DOW-UAP-D62, Mission Report, Strait of Hormuz, September 2020
Agency: Department of War
Incident date: 9/16/20
Incident location: Strait of Hormuz
Page 8
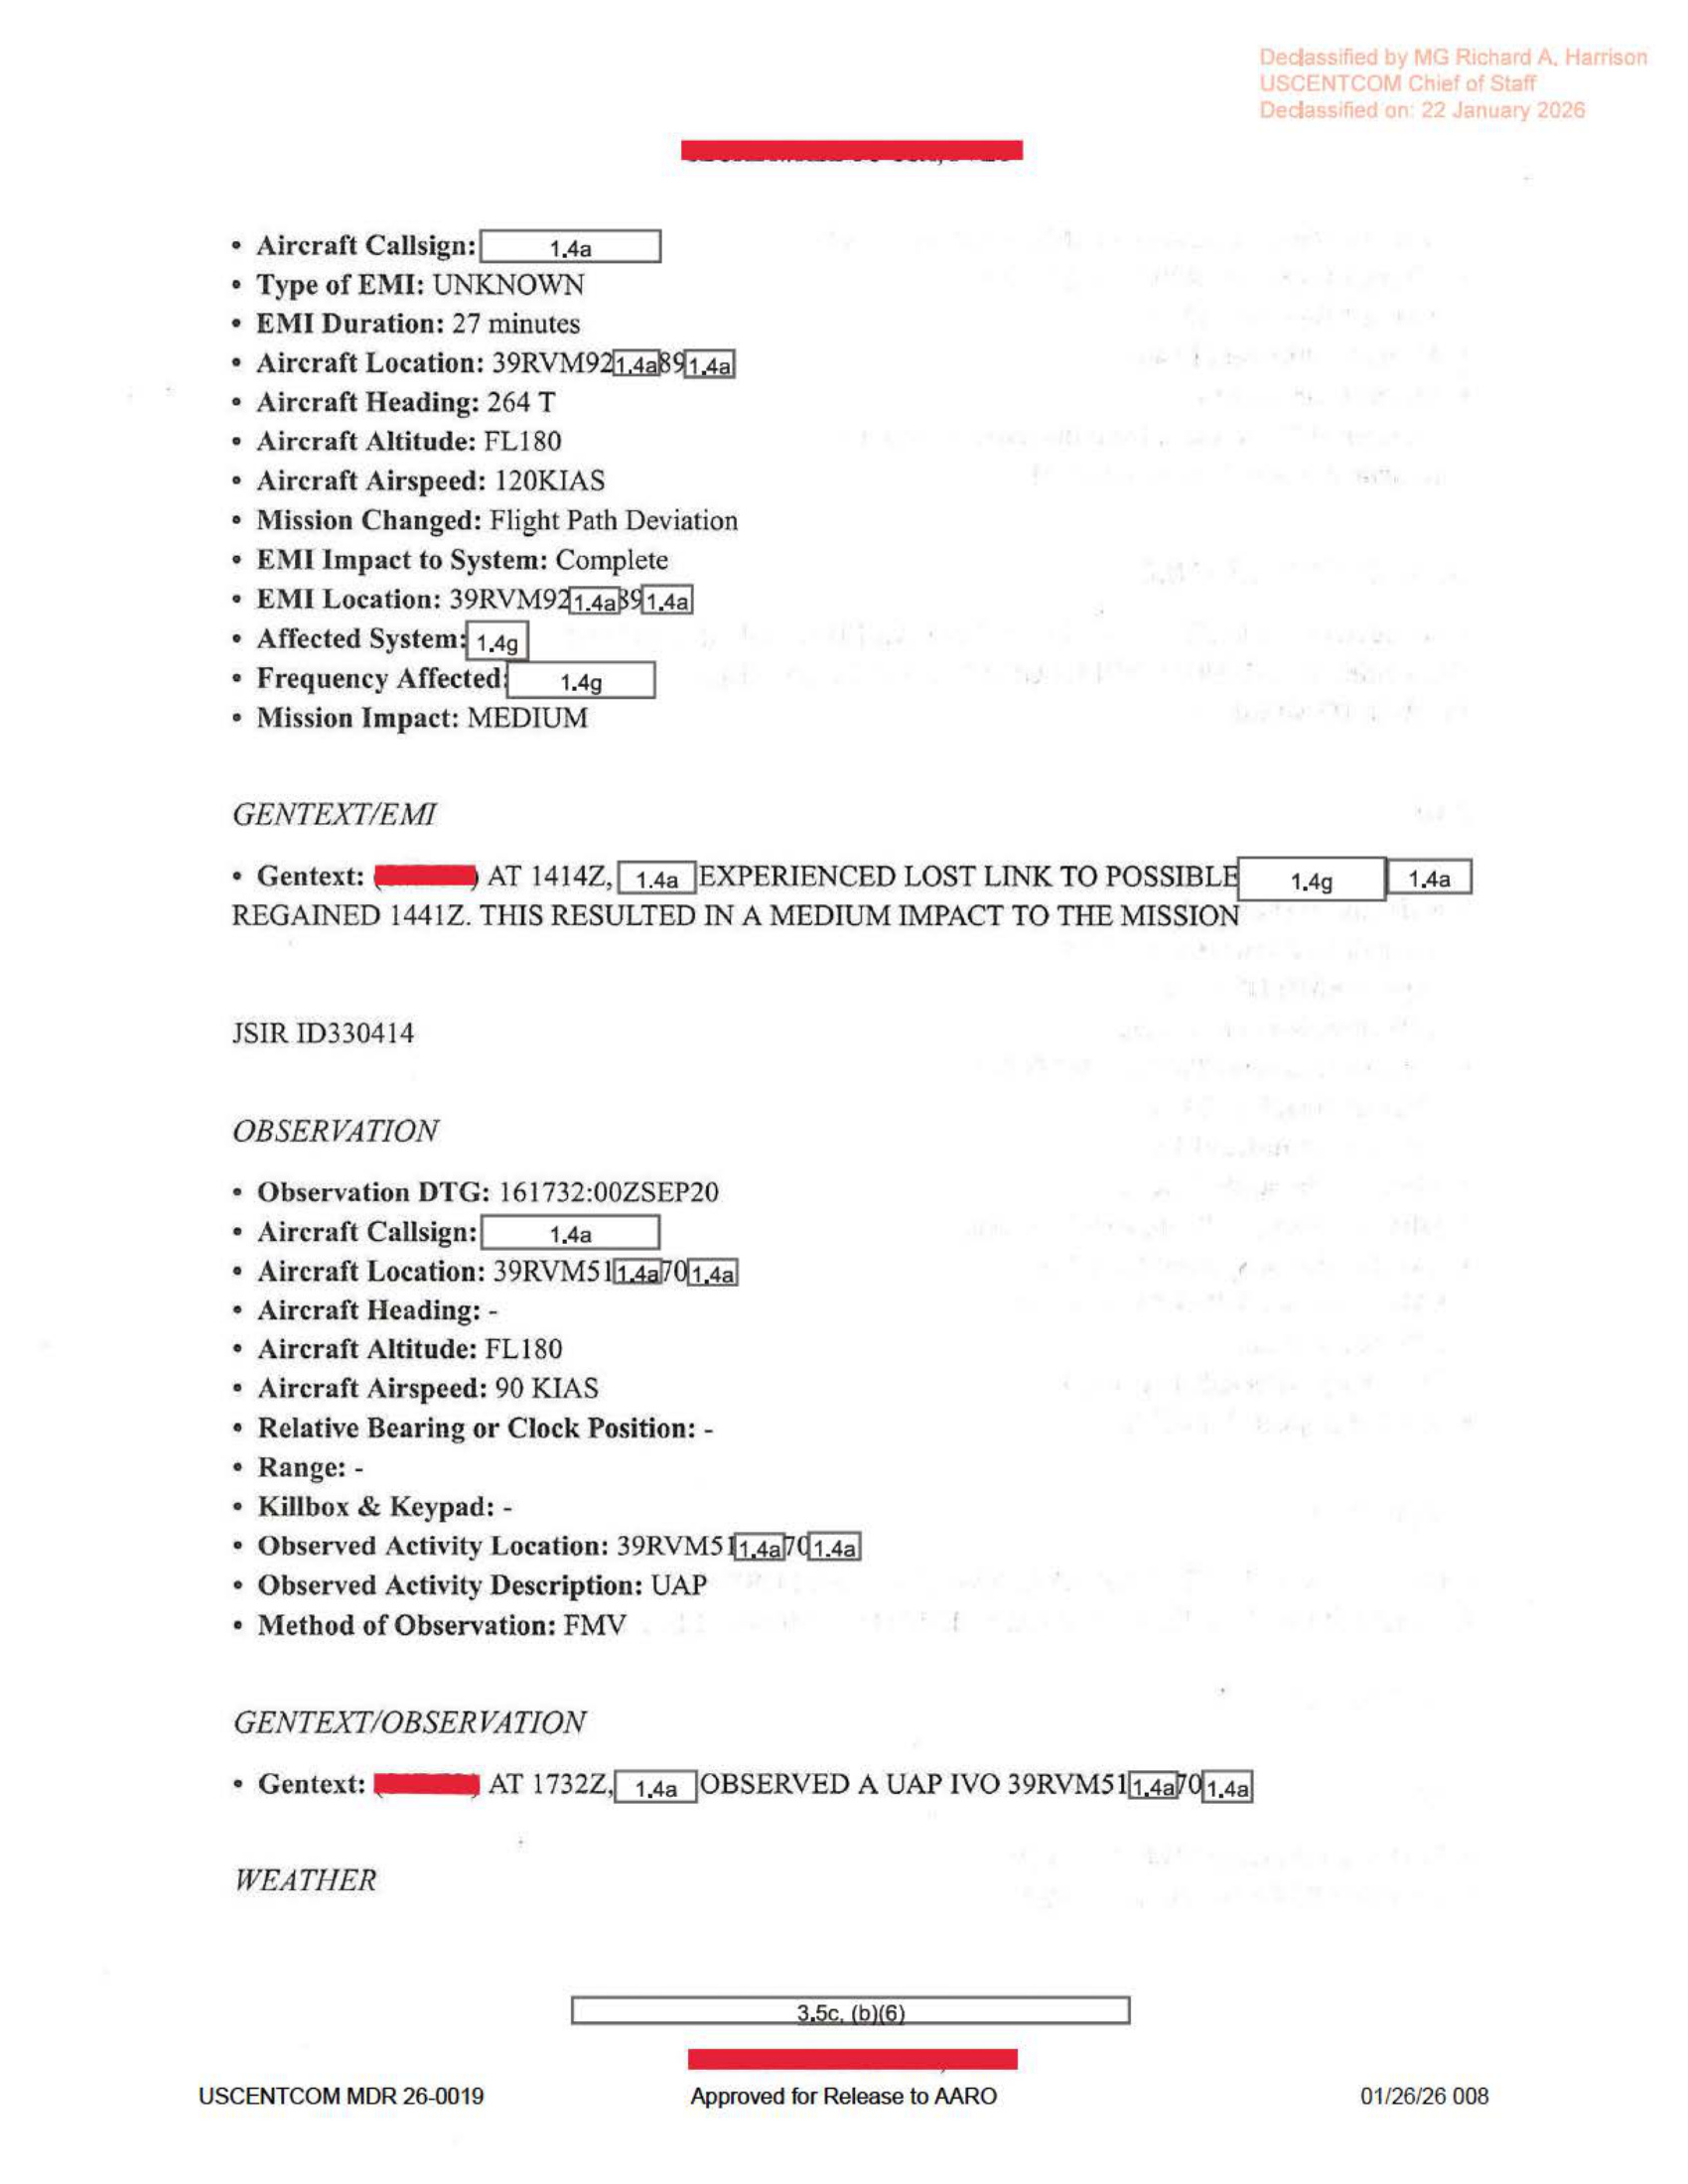